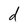
Character: d